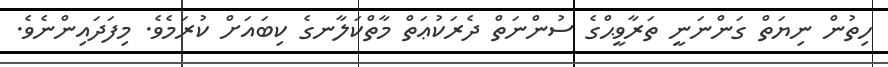
ހިތުން ނިޔަތް ގަންނަނީ ތަރާވީޙްގެ ސުންނަތް ދެރަކުޢަތް މާތްކަލާނގެ ކިބައަށް ކުރަމެވެ. މިފަދައިންނެވެ.